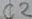
Text: C2